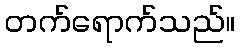
တက်ရောက်သည်။